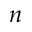
_ { n }